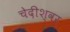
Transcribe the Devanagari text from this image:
चेदीश्वर